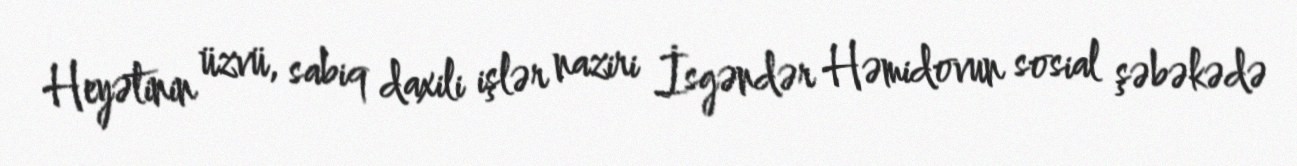
Heyətinin üzvü, sabiq daxili işlər naziri İsgəndər Həmidovun sosial şəbəkədə